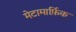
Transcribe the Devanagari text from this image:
मेटामार्फ़िक